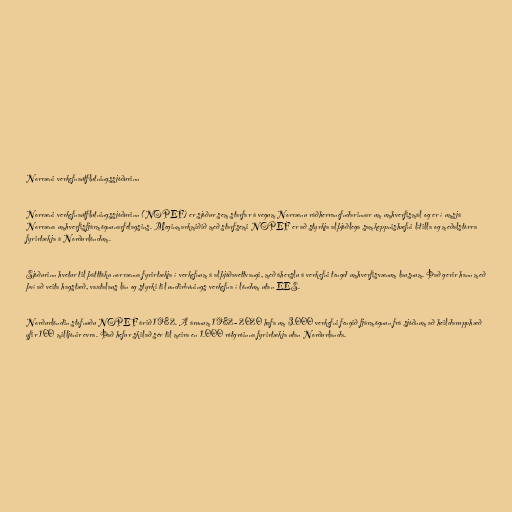
Norræni verkefnaútflutningssjóðurinn

Norræni verkefnaútflutningssjóðurinn (NOPEF) er sjóður sem starfar á vegum Norrænu ráðherranefndarinnar um umhverfismál og er í umsjá
Norræna umhverfisfjármögnunarfélagsins. Meginmarkmiðið með starfsemi NOPEF er að styrkja alþjóðlega samkeppnishæfni lítilla og meðalstórra
fyrirtækja á Norðurlöndum.

Sjóðurinn hvetur til þátttöku norrænna fyrirtækja í verkefnum á alþjóðavettvangi, með áherslu á verkefni tengd umhverfisvænum lausnum. Það gerir hann með
því að veita hagstæð, vaxtalaus lán og styrki til undirbúnings verkefna í löndum utan EES.

Norðurlöndin stofnuðu NOPEF árið 1982. Á árunum 1982- 2020 hafa um 3.000 verkefni fengið fjármögnun frá sjóðnum að heildarupphæð
yfir 100 milljónir evra. Það hefur skilað sér til meira en 1.000 rótgróinna fyrirtækja utan Norðurlanda.